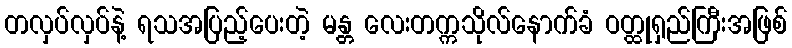
တလှပ်လှပ်နဲ့ ရသအပြည့်ပေးတဲ့ မန္တ လေးတက္ကသိုလ်နောက်ခံ ဝတ္ထုရှည်ကြီးအဖြစ်